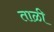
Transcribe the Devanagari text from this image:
ताळी